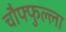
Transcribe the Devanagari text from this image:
चौफ्फुल्ला